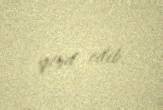
qeyd edib.